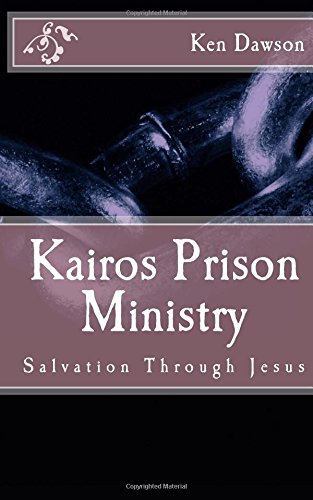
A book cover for Kairos Prison Ministry: Salvation Through Jesus; Ken Dawson; Self-Help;